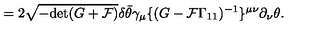
= 2 \sqrt { - \mathrm { d e t } ( G + { \cal F } ) } \delta \bar { \theta } \gamma _ { \mu } \{ ( G - { \cal F } \Gamma _ { 1 1 } ) ^ { - 1 } \} ^ { \mu \nu } \partial _ { \nu } \theta .